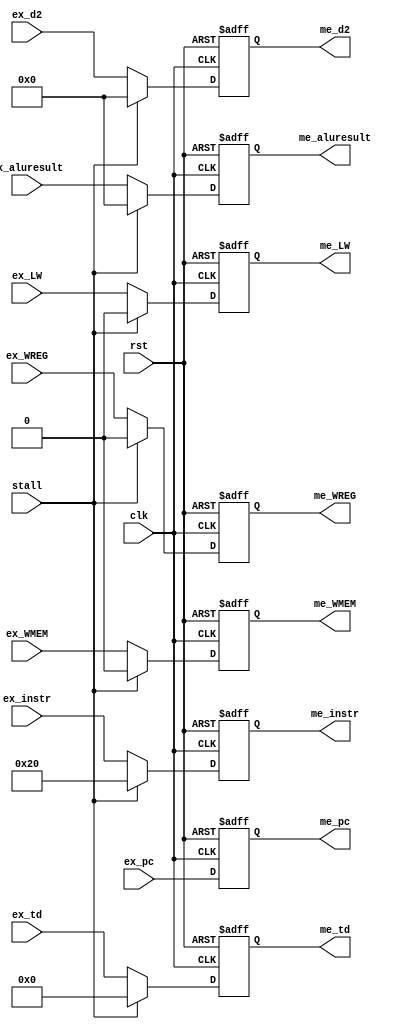
module EX_ME(
	clk,rst,stall,
	ex_aluresult, ex_td, ex_d2, ex_WREG, ex_WMEM, ex_LW,ex_instr,ex_pc,
	me_aluresult, me_td, me_d2, me_WREG, me_WMEM, me_LW,me_instr,me_pc
    );
	input clk,rst,stall;
	input wire [31:0] ex_aluresult,ex_d2,ex_instr,ex_pc;
	input wire [4:0] ex_td;
	input wire ex_WREG,ex_WMEM,ex_LW;
	output reg [31:0] me_aluresult,me_d2,me_instr,me_pc;
	output reg [4:0] me_td;
	output reg me_WREG,me_WMEM,me_LW;

	always @(posedge clk or posedge rst)
	begin
	if(rst)
	begin
		me_aluresult <= 0;
		me_d2 <= 0;
		me_td <= 0;
		me_WREG <= 0;
		me_WMEM <= 0;
		me_LW <= 0;
		me_instr<=32'b100000;
		me_pc <= 32'b0;
	end
	else if(stall)
	begin
			me_aluresult <= 0;
			me_d2 <= 0;
			me_td <= 0;
			me_WREG <= 0;
			me_WMEM <= 0;
			me_LW <= 0;
			me_pc <= 0;
			me_instr<=32'b100000;
			me_pc <= ex_pc;
	end
	else
	begin
		me_aluresult <= ex_aluresult;
		me_d2 <= ex_d2;
		me_td <= ex_td;
		me_WREG <= ex_WREG;
		me_WMEM <= ex_WMEM;
		me_LW <= ex_LW;
		me_instr<=ex_instr;
		me_pc <= ex_pc;
	end
	end

endmodule